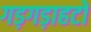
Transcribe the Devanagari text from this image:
गड़गड़ाहटों